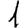
Digit: 1